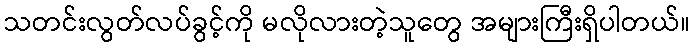
သတင်းလွတ်လပ်ခွင့်ကို မလိုလားတဲ့သူတွေ အများကြီးရှိပါတယ်။